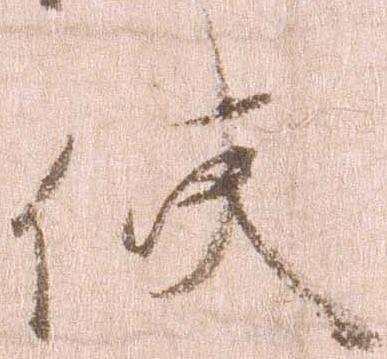
使